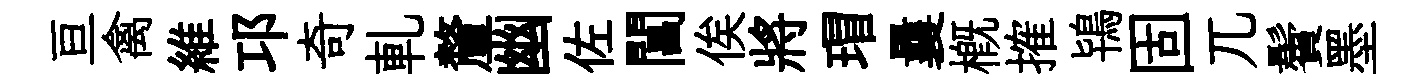
亘禽維邛奇軋釐幽佐閶俟將瑁曩槪搉鴇固兀鬢墨